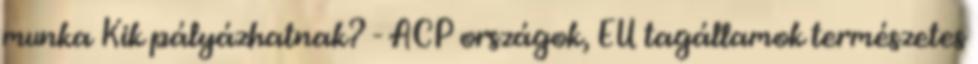
munka Kik pályázhatnak? - ACP országok, EU tagállamok természetes